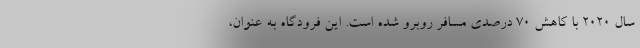
سال 2020 با کاهش 70 درصدی مسافر روبرو شده است. این فرودگاه به عنوان،